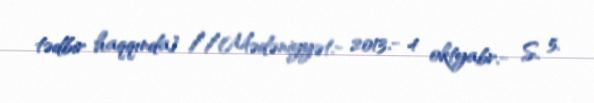
tədbir haqqında] //Mədəniyyət.- 2013.- 4 oktyabr.- S. 5.